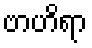
ဗာဟိရာ